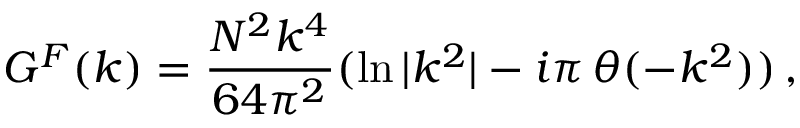
G ^ { F } ( k ) = { \frac { N ^ { 2 } k ^ { 4 } } { 6 4 \pi ^ { 2 } } } ( \ln { | k ^ { 2 } | } - i \pi \, \theta ( - k ^ { 2 } ) ) \, ,